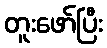
တူးဖော်ပြီး